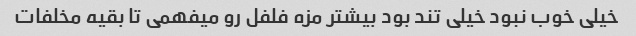
خیلی خوب نبود خیلی تند بود بیشتر مزه فلفل رو میفهمی تا بقیه مخلفات